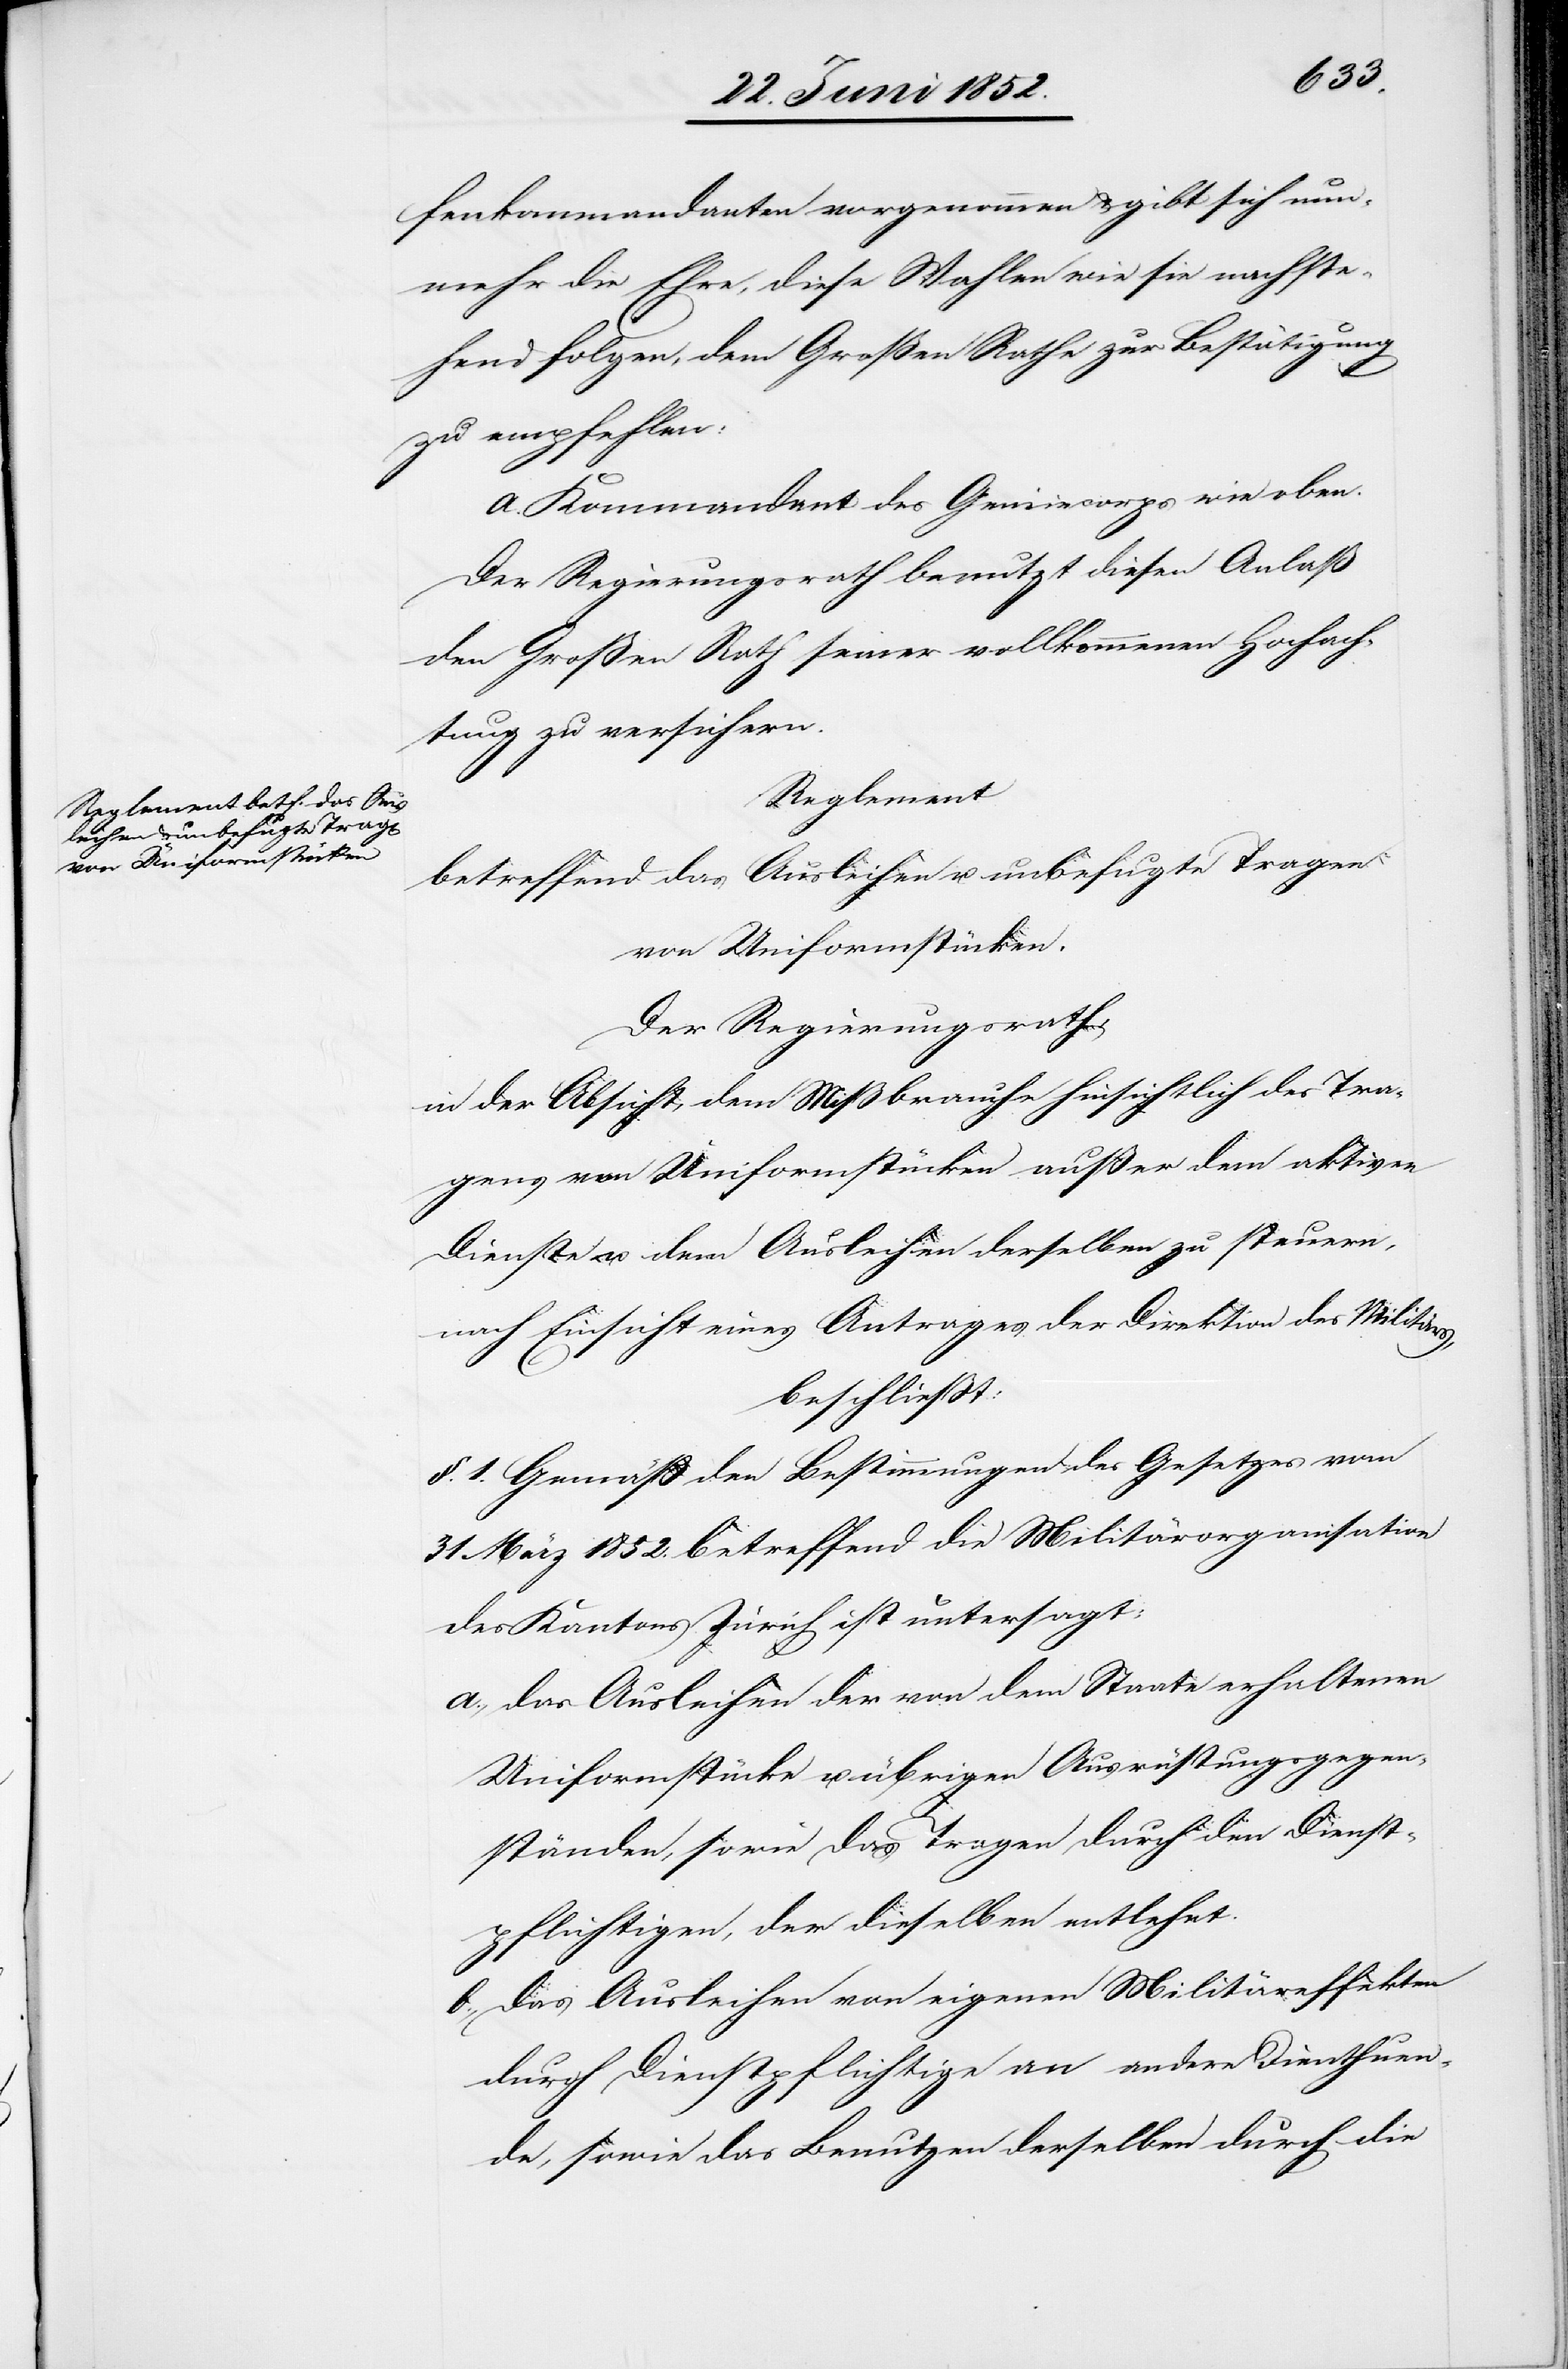
fenkommandanten vorgenommen & gibt sich nun¬
mehr die Ehre, diese Wahlen wie sie nachste¬
hend folgen, dem Großen Rathe zur Bestätigung
zu empfehlen:
a. Kommandant des Geniiecorps [sic!] wie oben.
Der Regierungsrath benutzt diesen Anlaß
den Großen Rath seiner vollkommenen Hochach¬
tung zu versichern.
Reglement
betreffend das Ausleihen u. unbefugte Tragen
von Uniformstücken.
Der Regierungsrath,
in der Absicht, dem Mißbrauche hinsichtlich des Tra¬
gens von Uniformstücken außer dem aktiven
Dienste u. dem Ausleihen derselben zu steuern,
nach Einsicht eines Antrages der Direktion des Militärs,
beschließt:
§. 1. Gemäß den Bestimmungen des Gesetzes vom
31 März 1852. betreffend die Militärorganisation
des Kantons Zürich ist untersagt:
das Ausleihen der von dem Staate erhaltenen
Uniformstücke u. übrigen Ausrüstungsgegen¬
ständen, sowie das Tragen durch den Dienst¬
pflichtigen, der dieselben entlehnt.
das Ausleihen von eigenen Militäreffekten
durch Dienstpflichtige an andere Dien[st]thuen¬
de, sowie das Benutzen derselben durch die